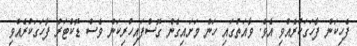
ފެހިކަން ފާހަގަކުރެއްވި އެވެ. ވާއަތުގައި ހަން މަށައިގެން ގޮސްފައިހުރިކަން ވެސް ޑޮކްޓަރު ފާހަގަކުރެއްވި